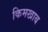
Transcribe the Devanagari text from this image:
किमखाब